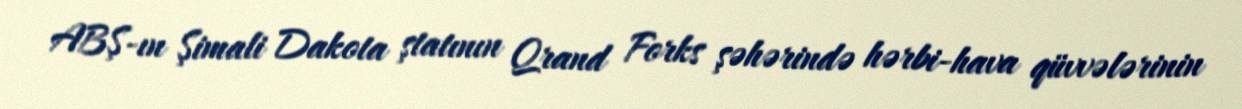
ABŞ-ın Şimali Dakota ştatının Qrand Forks şəhərində hərbi-hava qüvvələrinin